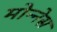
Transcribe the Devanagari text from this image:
मोन्‍नेस